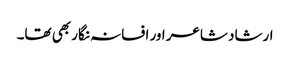
ارشاد شاعر اور افسانہ نگار بھی تھا۔